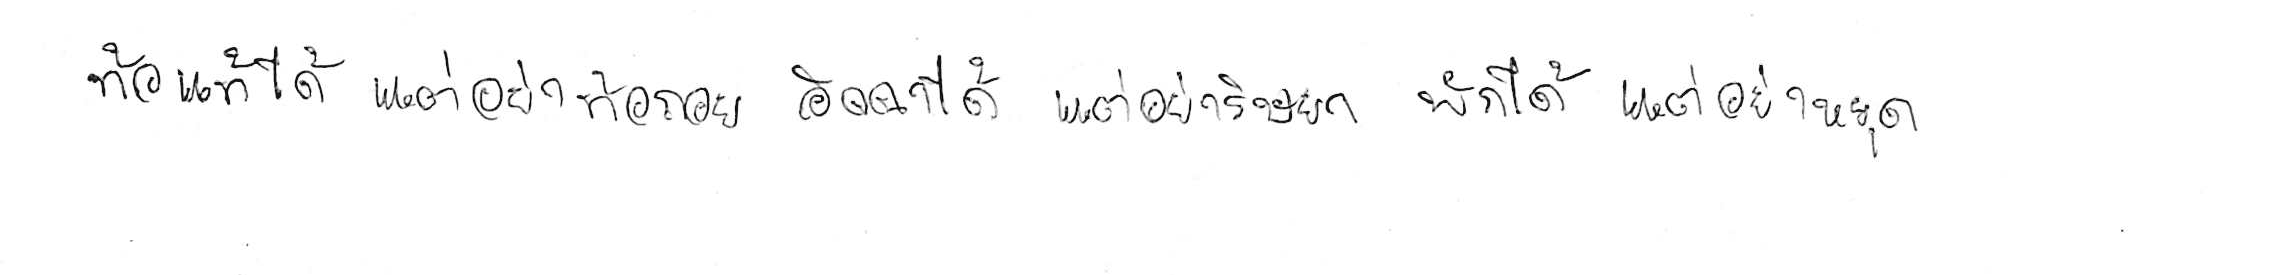
ท้อแท้ได้ แต่อย่าท้อถอย อิจฉาได้ แต่อย่าริษยา พักได้ แต่อย่าหยุด